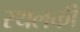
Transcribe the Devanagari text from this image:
स्‍थलकी